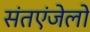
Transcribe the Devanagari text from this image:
संतएंजेलो